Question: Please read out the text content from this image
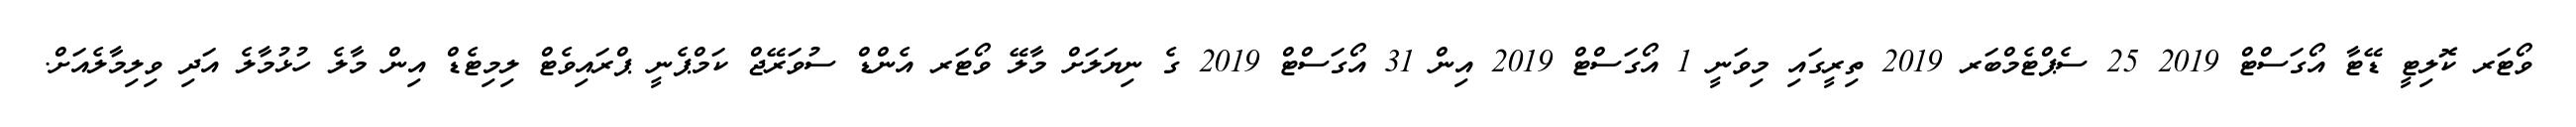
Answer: ވޯޓަރ ކޮލިޓީ ޑޭޓާ އޯގަސްޓް 2019 25 ސެޕްޓެމްބަރ 2019 ތިރީގައި މިވަނީ 1 އޯގަސްޓް 2019 އިން 31 އޯގަސްޓް 2019 ގެ ނިޔަލަށް މާލޭ ވޯޓަރ އެންޑް ސުވަރޭޖް ކަމްޕެނީ ޕްރައިވެޓް ލިމިޓެޑް އިން މާލެ ހުޅުމާލެ އަދި ވިލިމާލެއަށް.